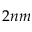
2 n m